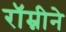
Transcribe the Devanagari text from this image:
रॉम्नीने